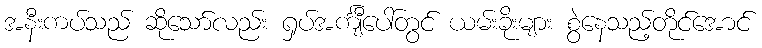
အနီးကပ်သည် ဆိုသော်လည်း ရှပ်အင်္ကျီပေါ်တွင် ယမ်းခိုးများ စွဲနေသည့်တိုင်အောင်